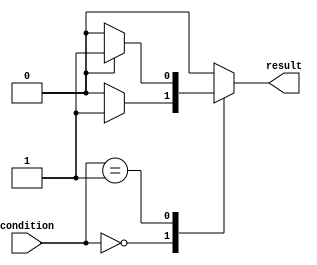
module case_if_else (
    input [3:0] condition,
    output reg result
);

always @ (*) begin
    case (condition)
        4'b0000: begin
            if (some_condition) begin
                result = 1'b1;
            end else begin
                result = 1'b0;
            end
        end
        4'b0001: begin
            if (some_other_condition) begin
                result = 1'b1;
            end else begin
                result = 1'b0;
            end
        end
        // Add more cases as needed
        
        default: begin
            result = 1'b0;
        end
    endcase
end

endmodule